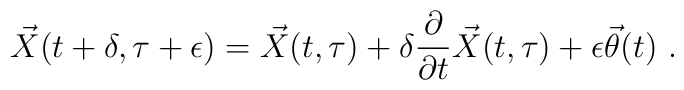
{\vec{X}}(t+\delta,\tau+\epsilon) = {\vec{X}}(t,\tau) +\delta \frac{\partial}{\partial t} {\vec{X}}(t,\tau) +\epsilon {\vec{\theta}}(t) \ .